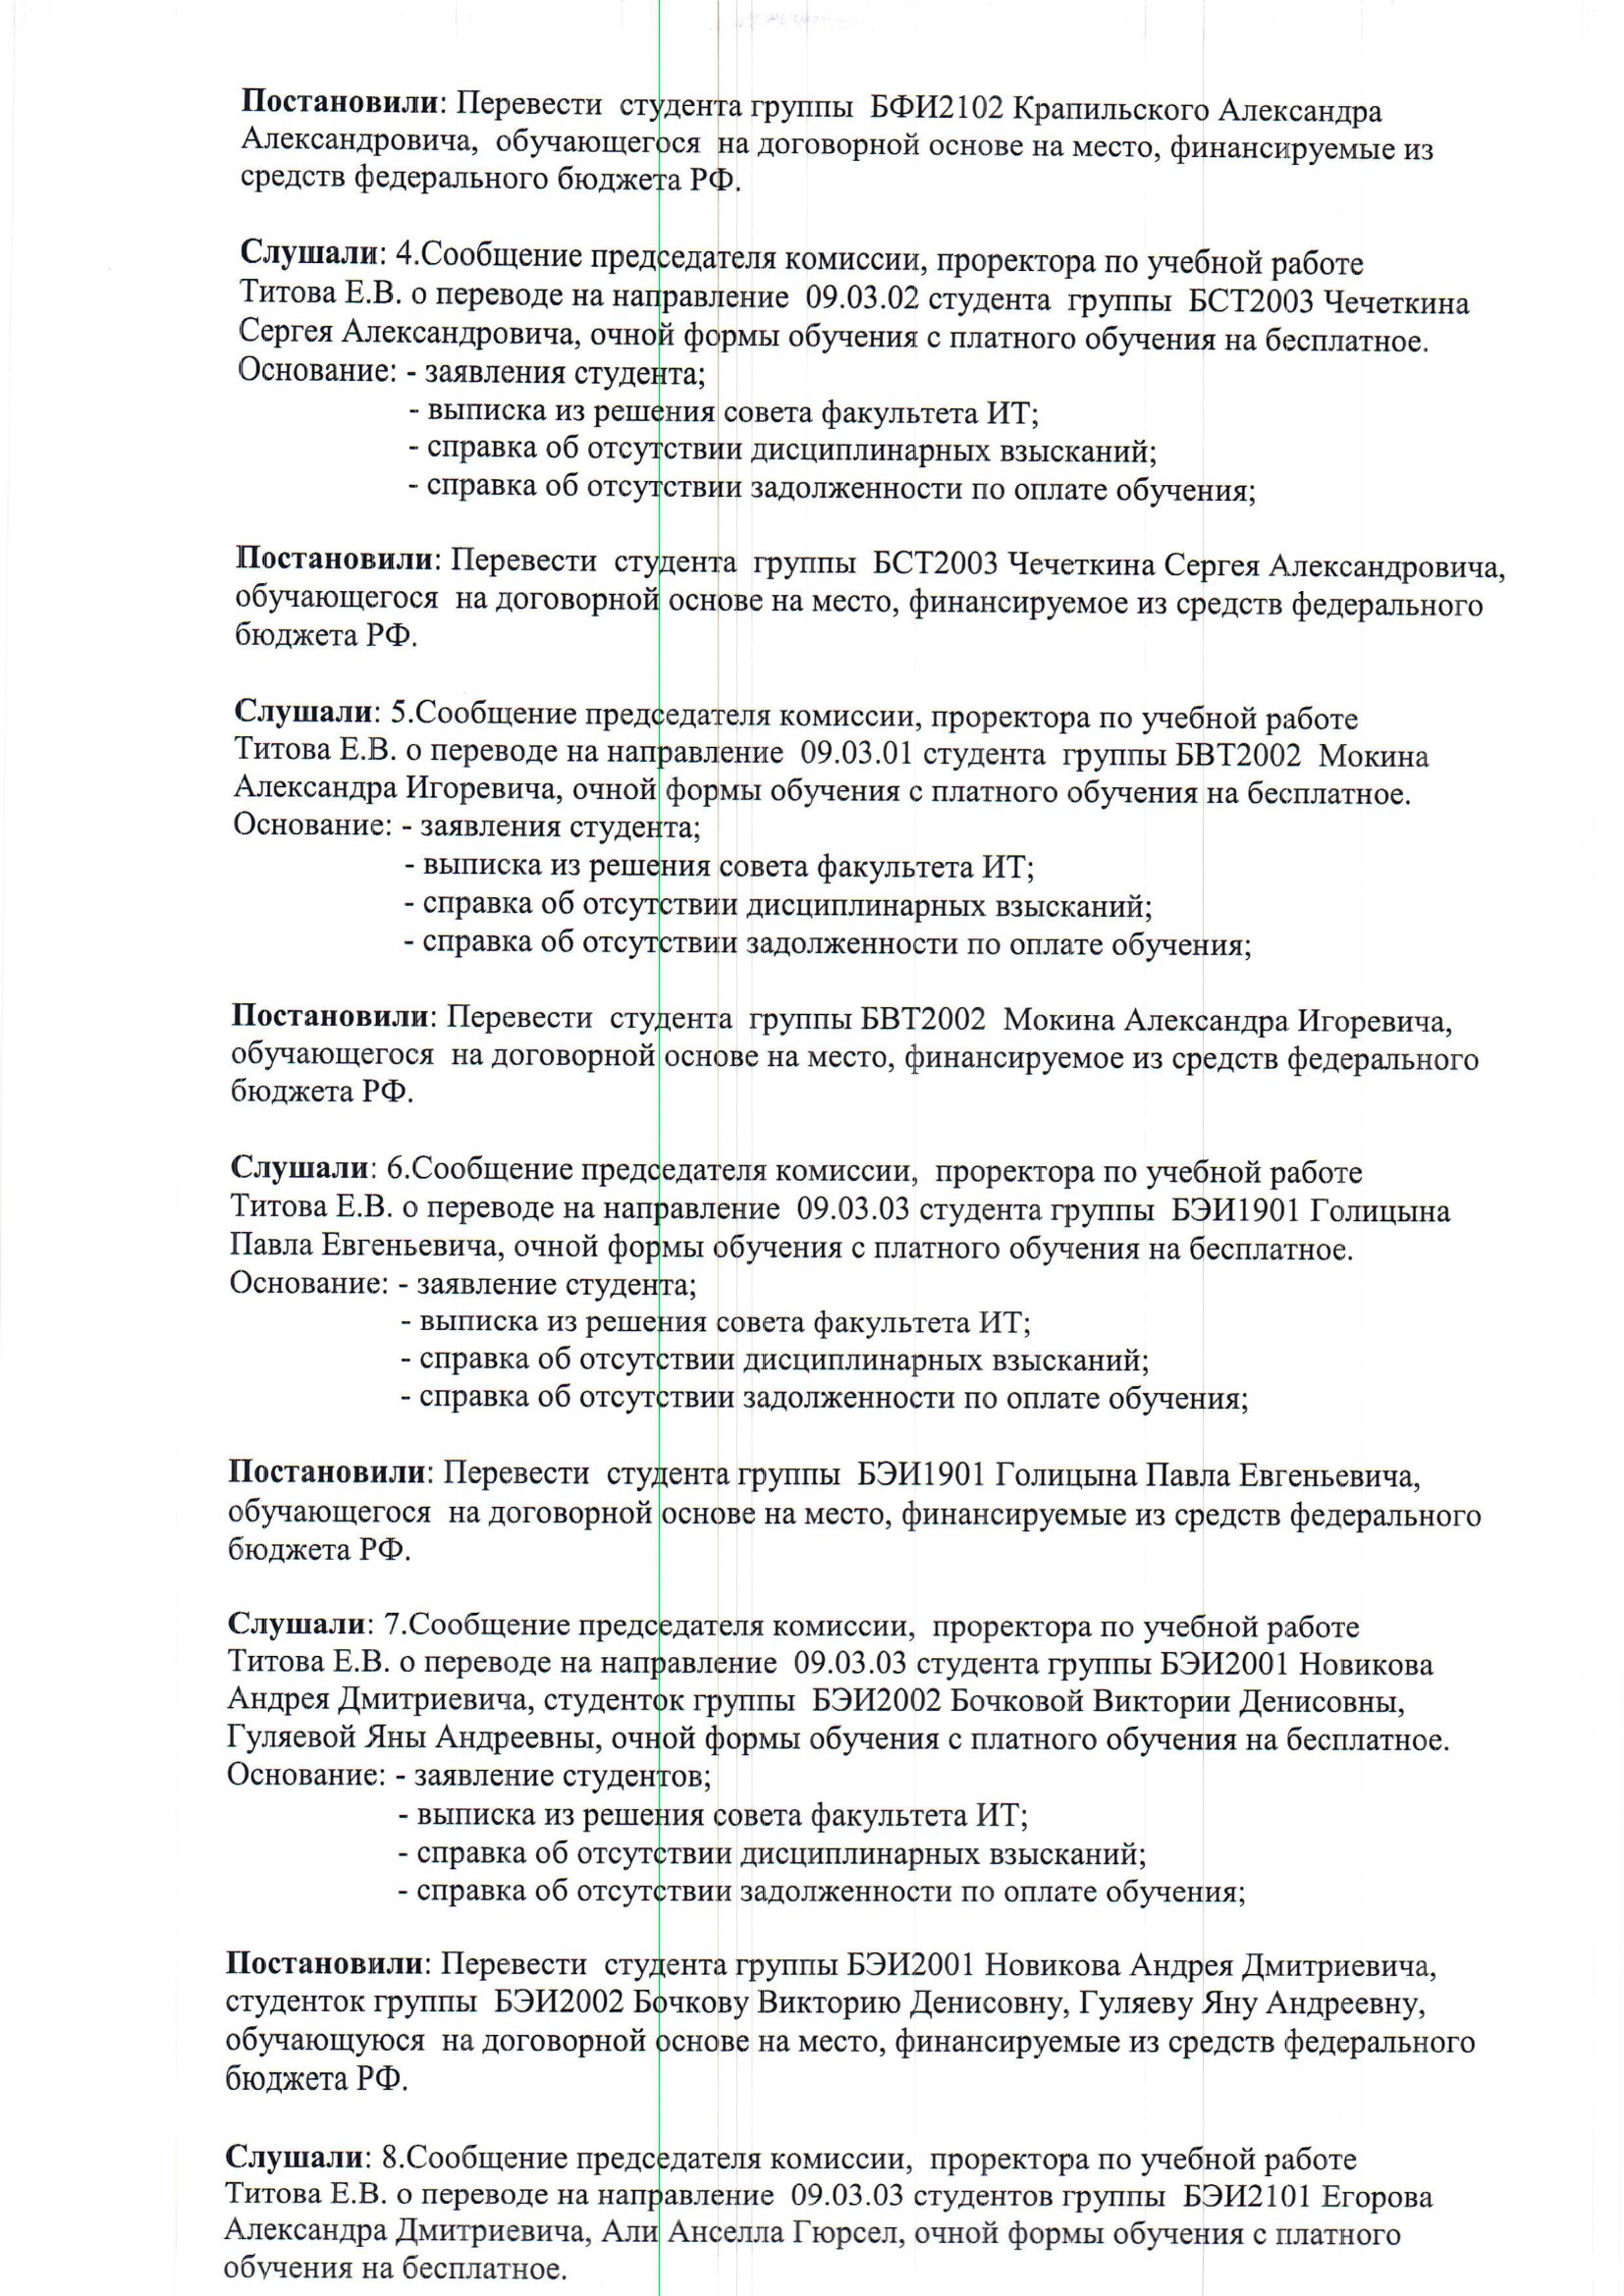
Language: ru